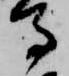
馬